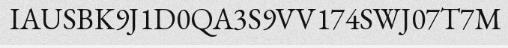
IAUSBK9J1D0QA3S9VV174SWJ07T7M